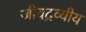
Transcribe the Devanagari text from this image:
जीवद्रव्यीय